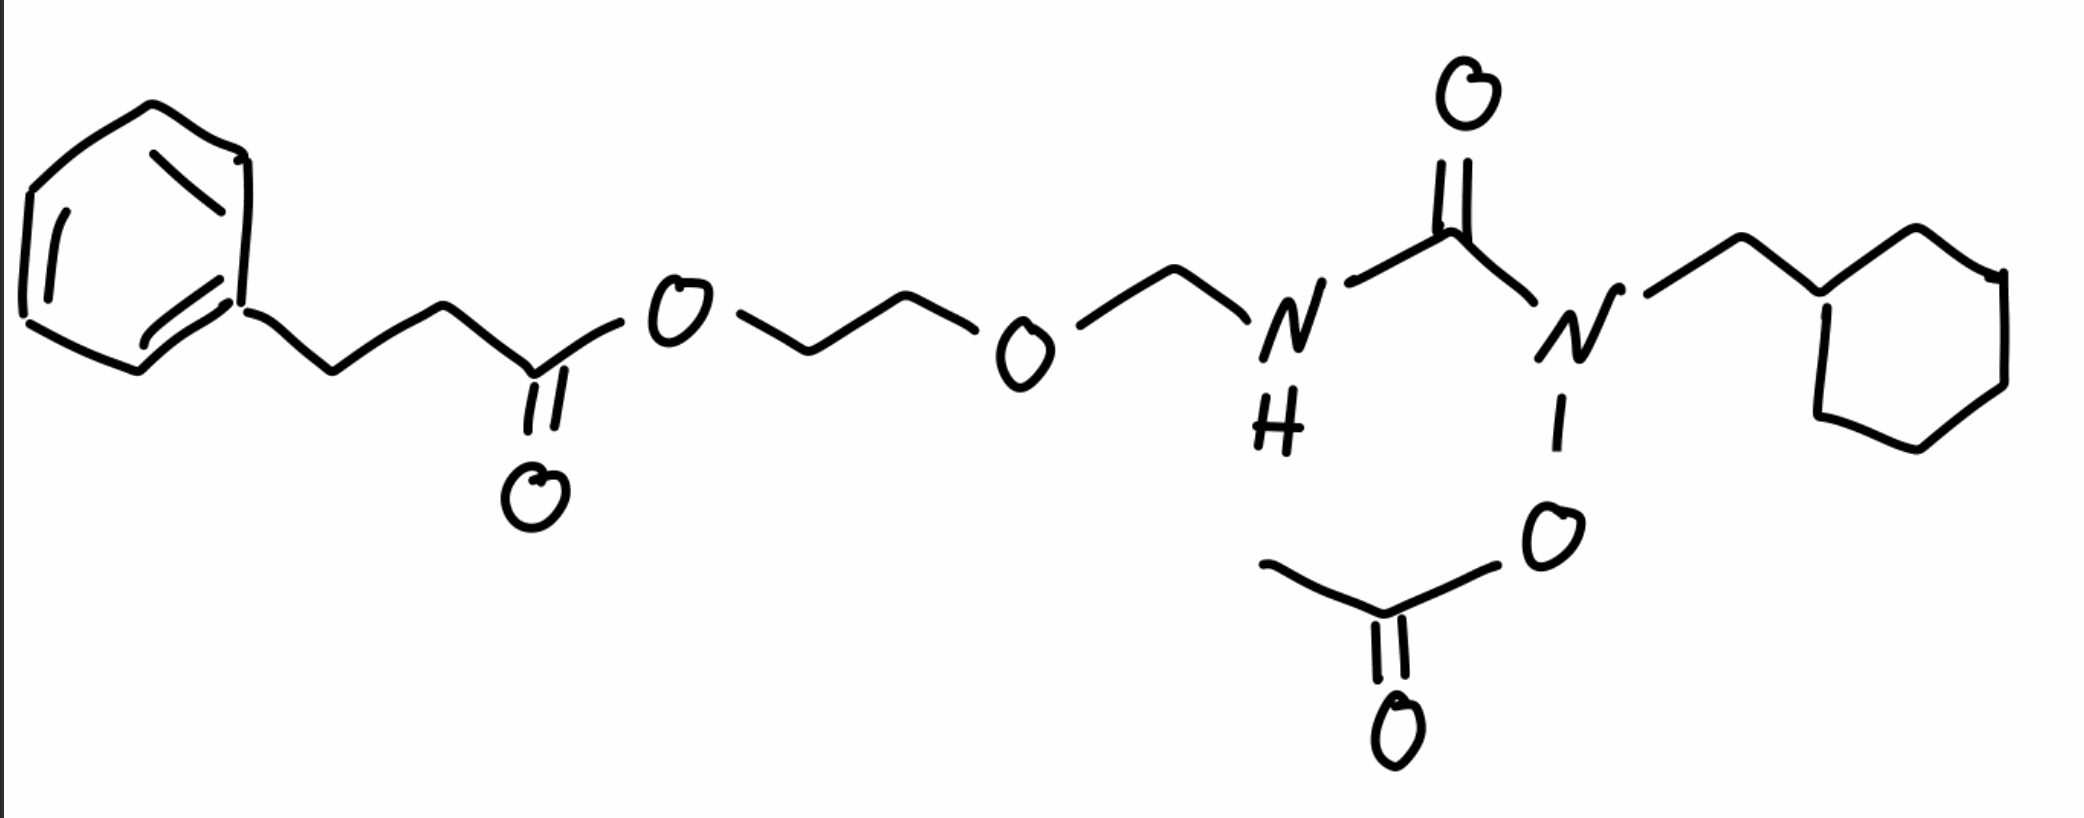
Simplified molecular-input line-entry system (SMILES) notation of the given molecule:
CC(=O)ON(CC1CCCCC1)C(=N)NC(=O)OCCOC(=O)CCC2=CC=CC=C2